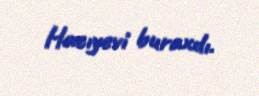
Hacıyevi buraxdı.